65_HS1-834228961_62-HQ-83894_Serial_130
Agency: FBI
Page 58
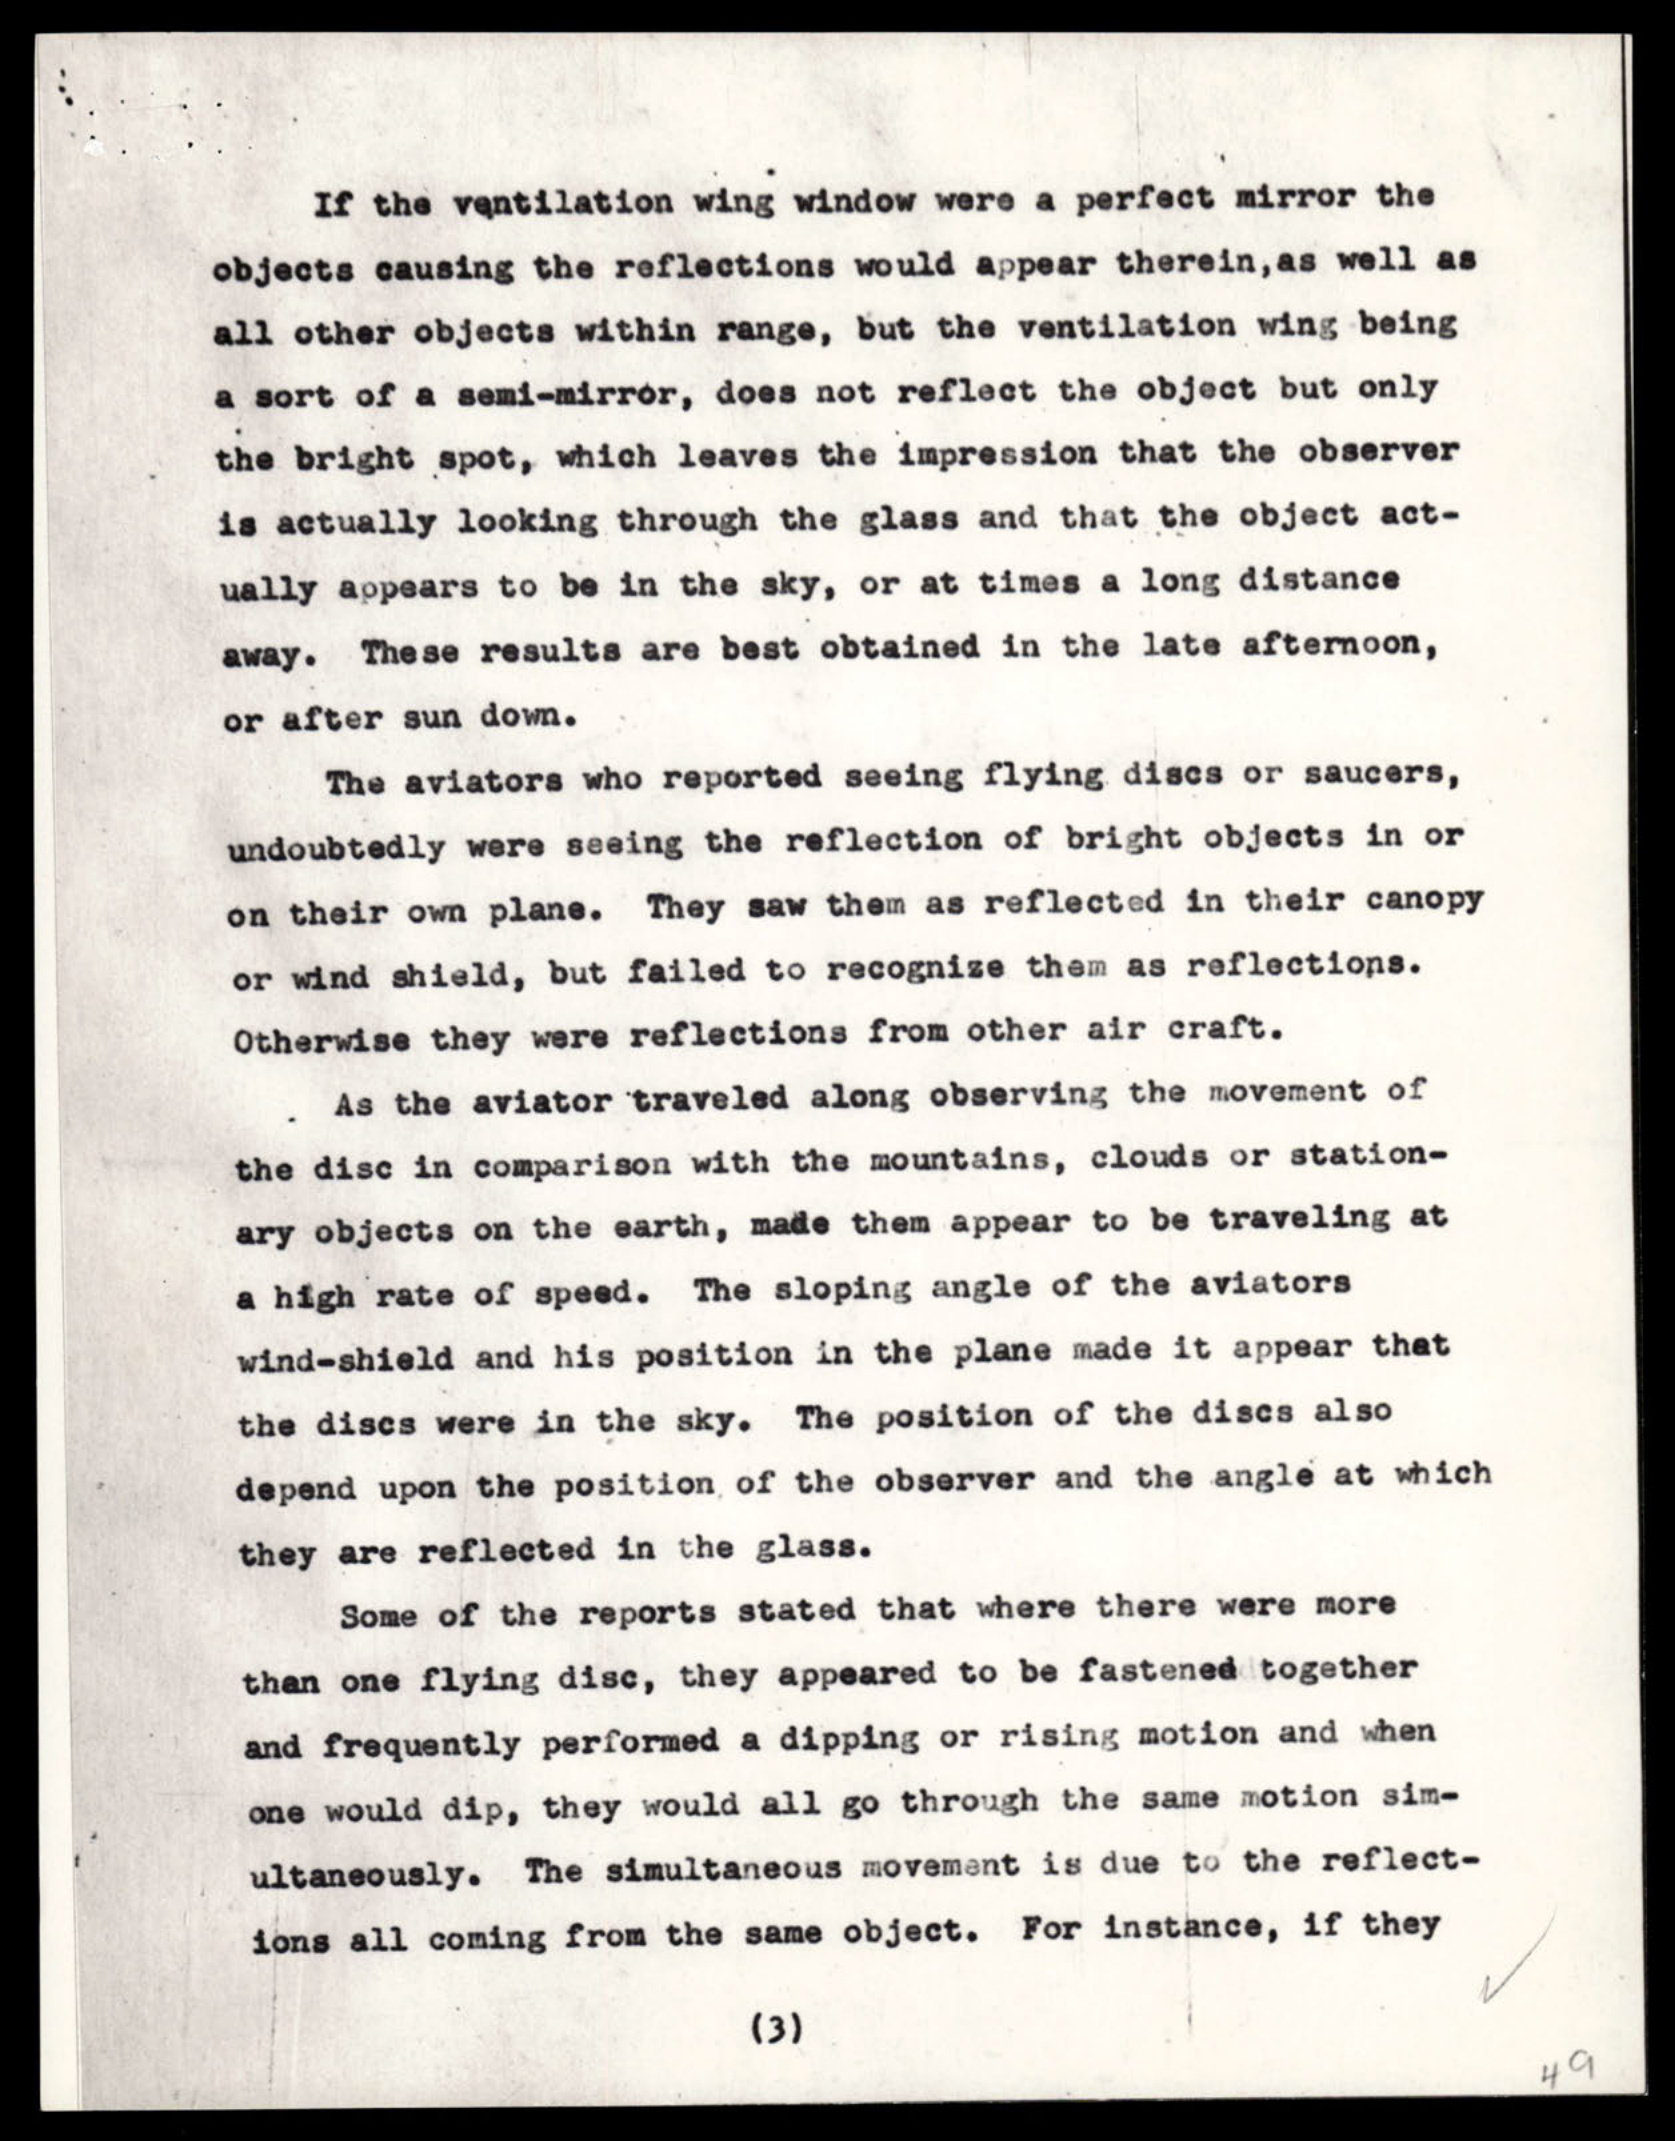